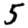
Digit: 5